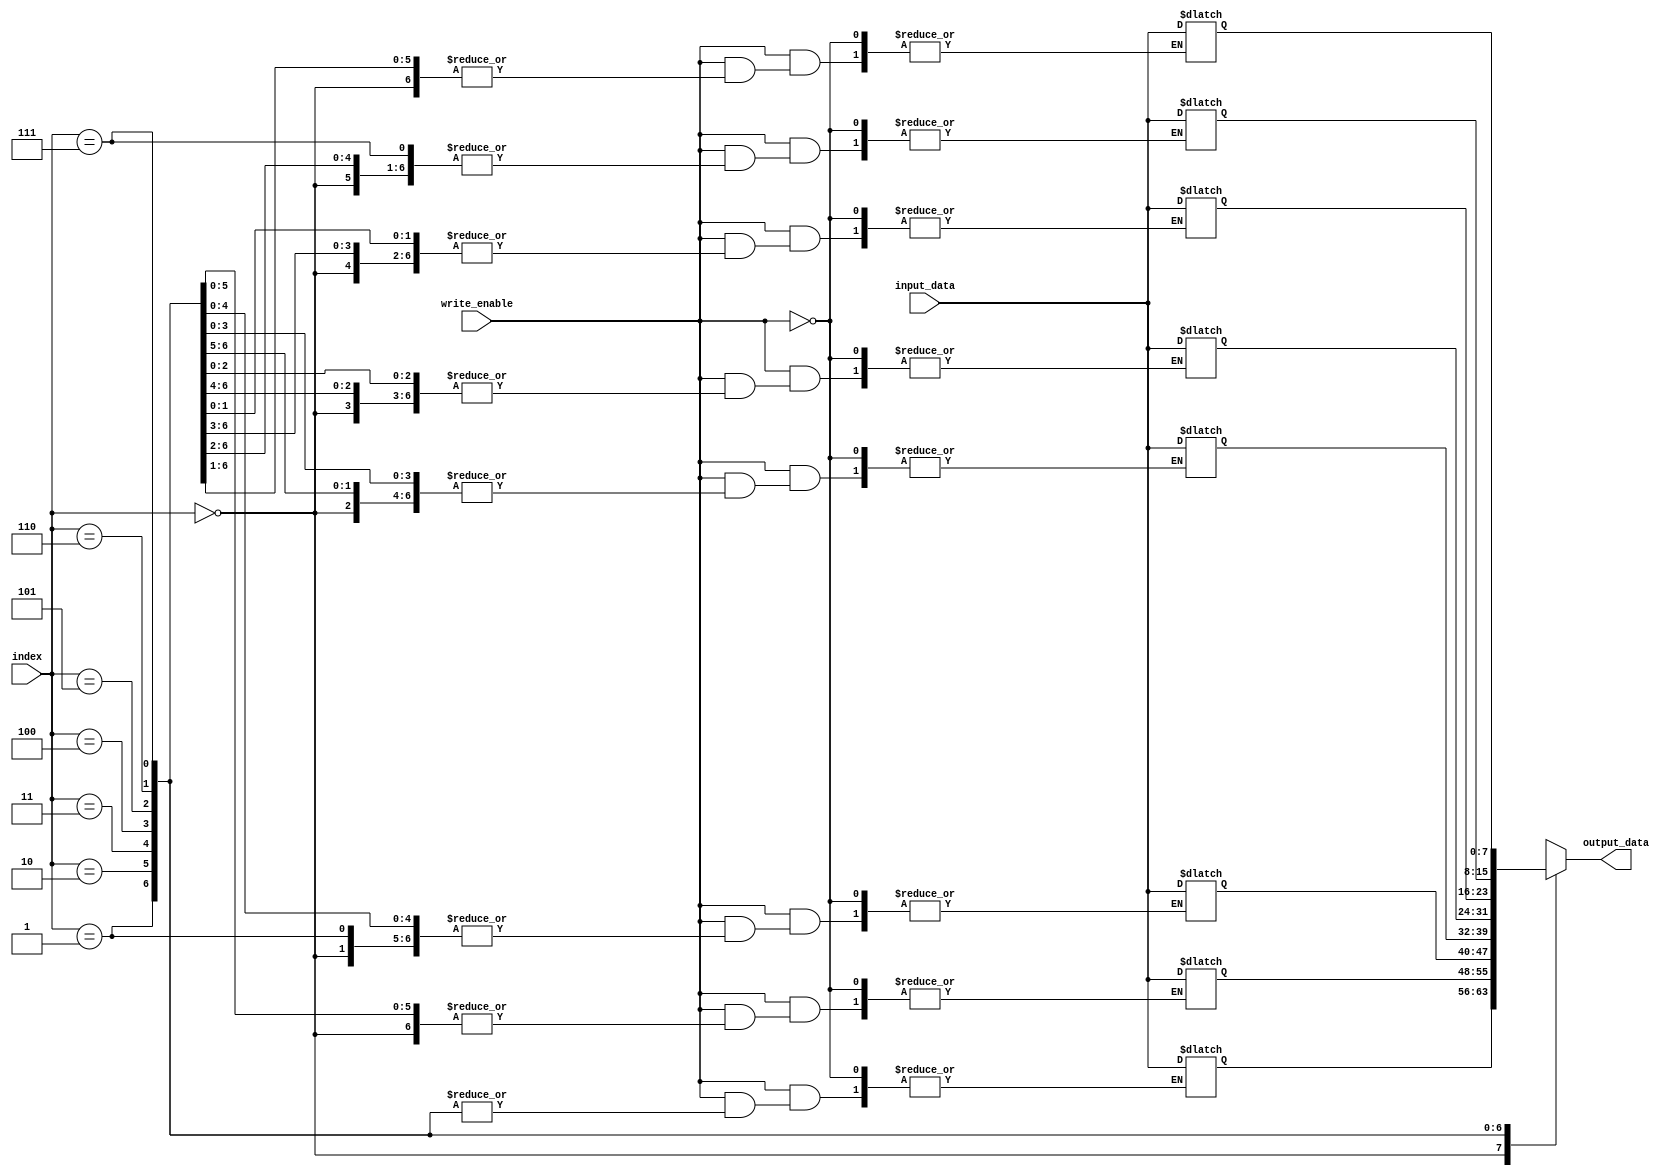
module array_continuous_assignment (
    input wire [7:0] input_data, // Input data line
    input wire [2:0] index,      // Index to select specific array element
    input wire write_enable,      // Write enable signal
    output wire [7:0] output_data // Output data line
);

// Array declaration
reg [7:0] data_array [0:7]; // 8-element array of 8-bit registers

// Continuous assignment to output_data from the specified array index
assign output_data = data_array[index];

// Continuous assignment to the array elements
always @(*) begin
    if (write_enable) begin
        data_array[index] = input_data; // Assign input_data to the selected index
    end
end

// Initialization of the array (optional)
initial begin
    data_array[0] = 8'h00;
    data_array[1] = 8'h01;
    data_array[2] = 8'h02;
    data_array[3] = 8'h03;
    data_array[4] = 8'h04;
    data_array[5] = 8'h05;
    data_array[6] = 8'h06;
    data_array[7] = 8'h07;
end

endmodule